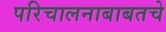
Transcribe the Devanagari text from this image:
परिचालनाबाबतचे